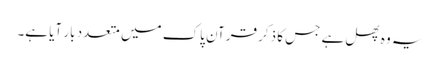
یہ وہ پھل ہے جس کا ذکر قرآن پاک میں متعدد بار آیا ہے۔